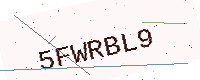
Text: 5FWRBL9